Indian journal of veterinary science and animal husbandry - Volume 10,
Year: 1940
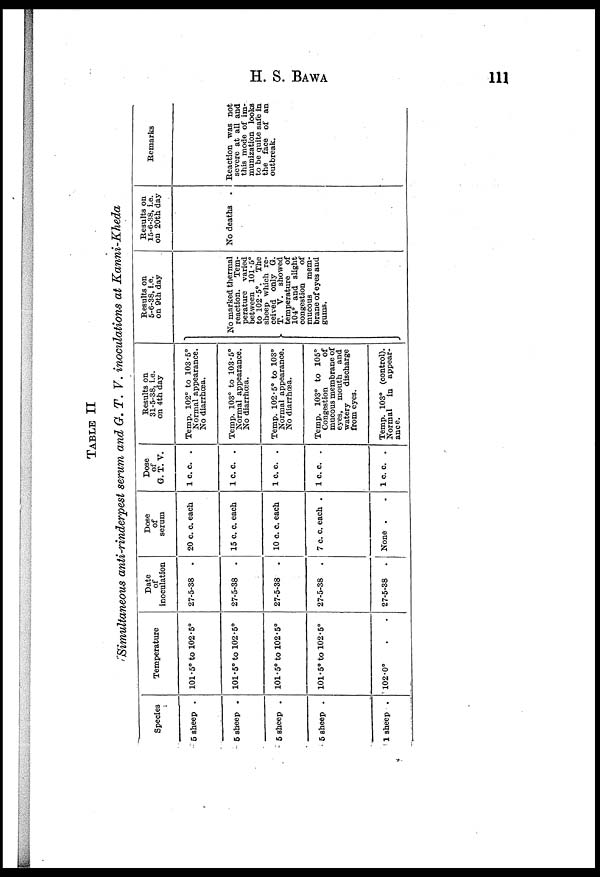
H. S.
BAWA
111
TABLE II
Simultaneous anti-rinderpest serum and G. T. V. inoculations at Kanni-Kheda
Species
5 sheep .
5 sheep .
5 sheep .
5 sheep .
1 sheep .
Temperature
101.5° to 102.5°
101.5° to 102.5°
101.5° to 102.5°
101.5° to 102.5°
102.0°
Date
of
inoculation
27-5-38
.
27-5-38
.
27-5-38
.
27-5-38
.
27-5-38
.
Dose
of
serum
20 c. c. each
15 c. c. each
10 c. c. each
7 c. c each .
None .
Dose
of
G. T. V.
1 c. c. .
1 c. c. .
1 c. c. .
1 c. c. .
1 c. c. .
Results on
31-5-38, i.e.
on 4th day
Temp. 102° to 103.5°
Normal appearance.
No diarrhœa.
Temp. 103° to 103.5°
Normal appearance.
No diarrhœa.
Temp. 102.5° to 103°
Normal appearance.
No diarrhœa.
Temp. 103° to 105°
Congestion
of
mucous membrane of
eyes, mouth
and
watery
discharge
from eyes.
Temp. 103° (control).
Normal
in appear-
ance.
Results on
5-6-38, i.e.
on 9th day
No marked thermal
reaction.
Tem-
perature varied
between 101.5°
to 102.5°. The
sheep which re-
ceived only G.
T. V. showed
temperature
of
104° and slight
congestion
of
mucous
mem-
brane of eyes and
gums.
Results on
15-6-38, i.e.
on 20th day
No deaths .
Remarks
Reaction was not
severe at all and
this mode of im-
munization looks
to be quite safe in
the face of an
outbreak.